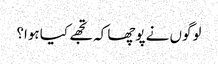
لوگوں نے پوچھا کہ تجھے کیا ہوا؟